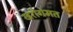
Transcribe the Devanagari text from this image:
खरीगंमत